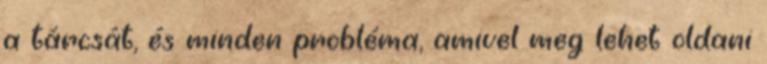
a tárcsát, és minden probléma, amivel meg lehet oldani